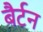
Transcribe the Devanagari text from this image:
बैर्टन